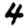
Digit: 4